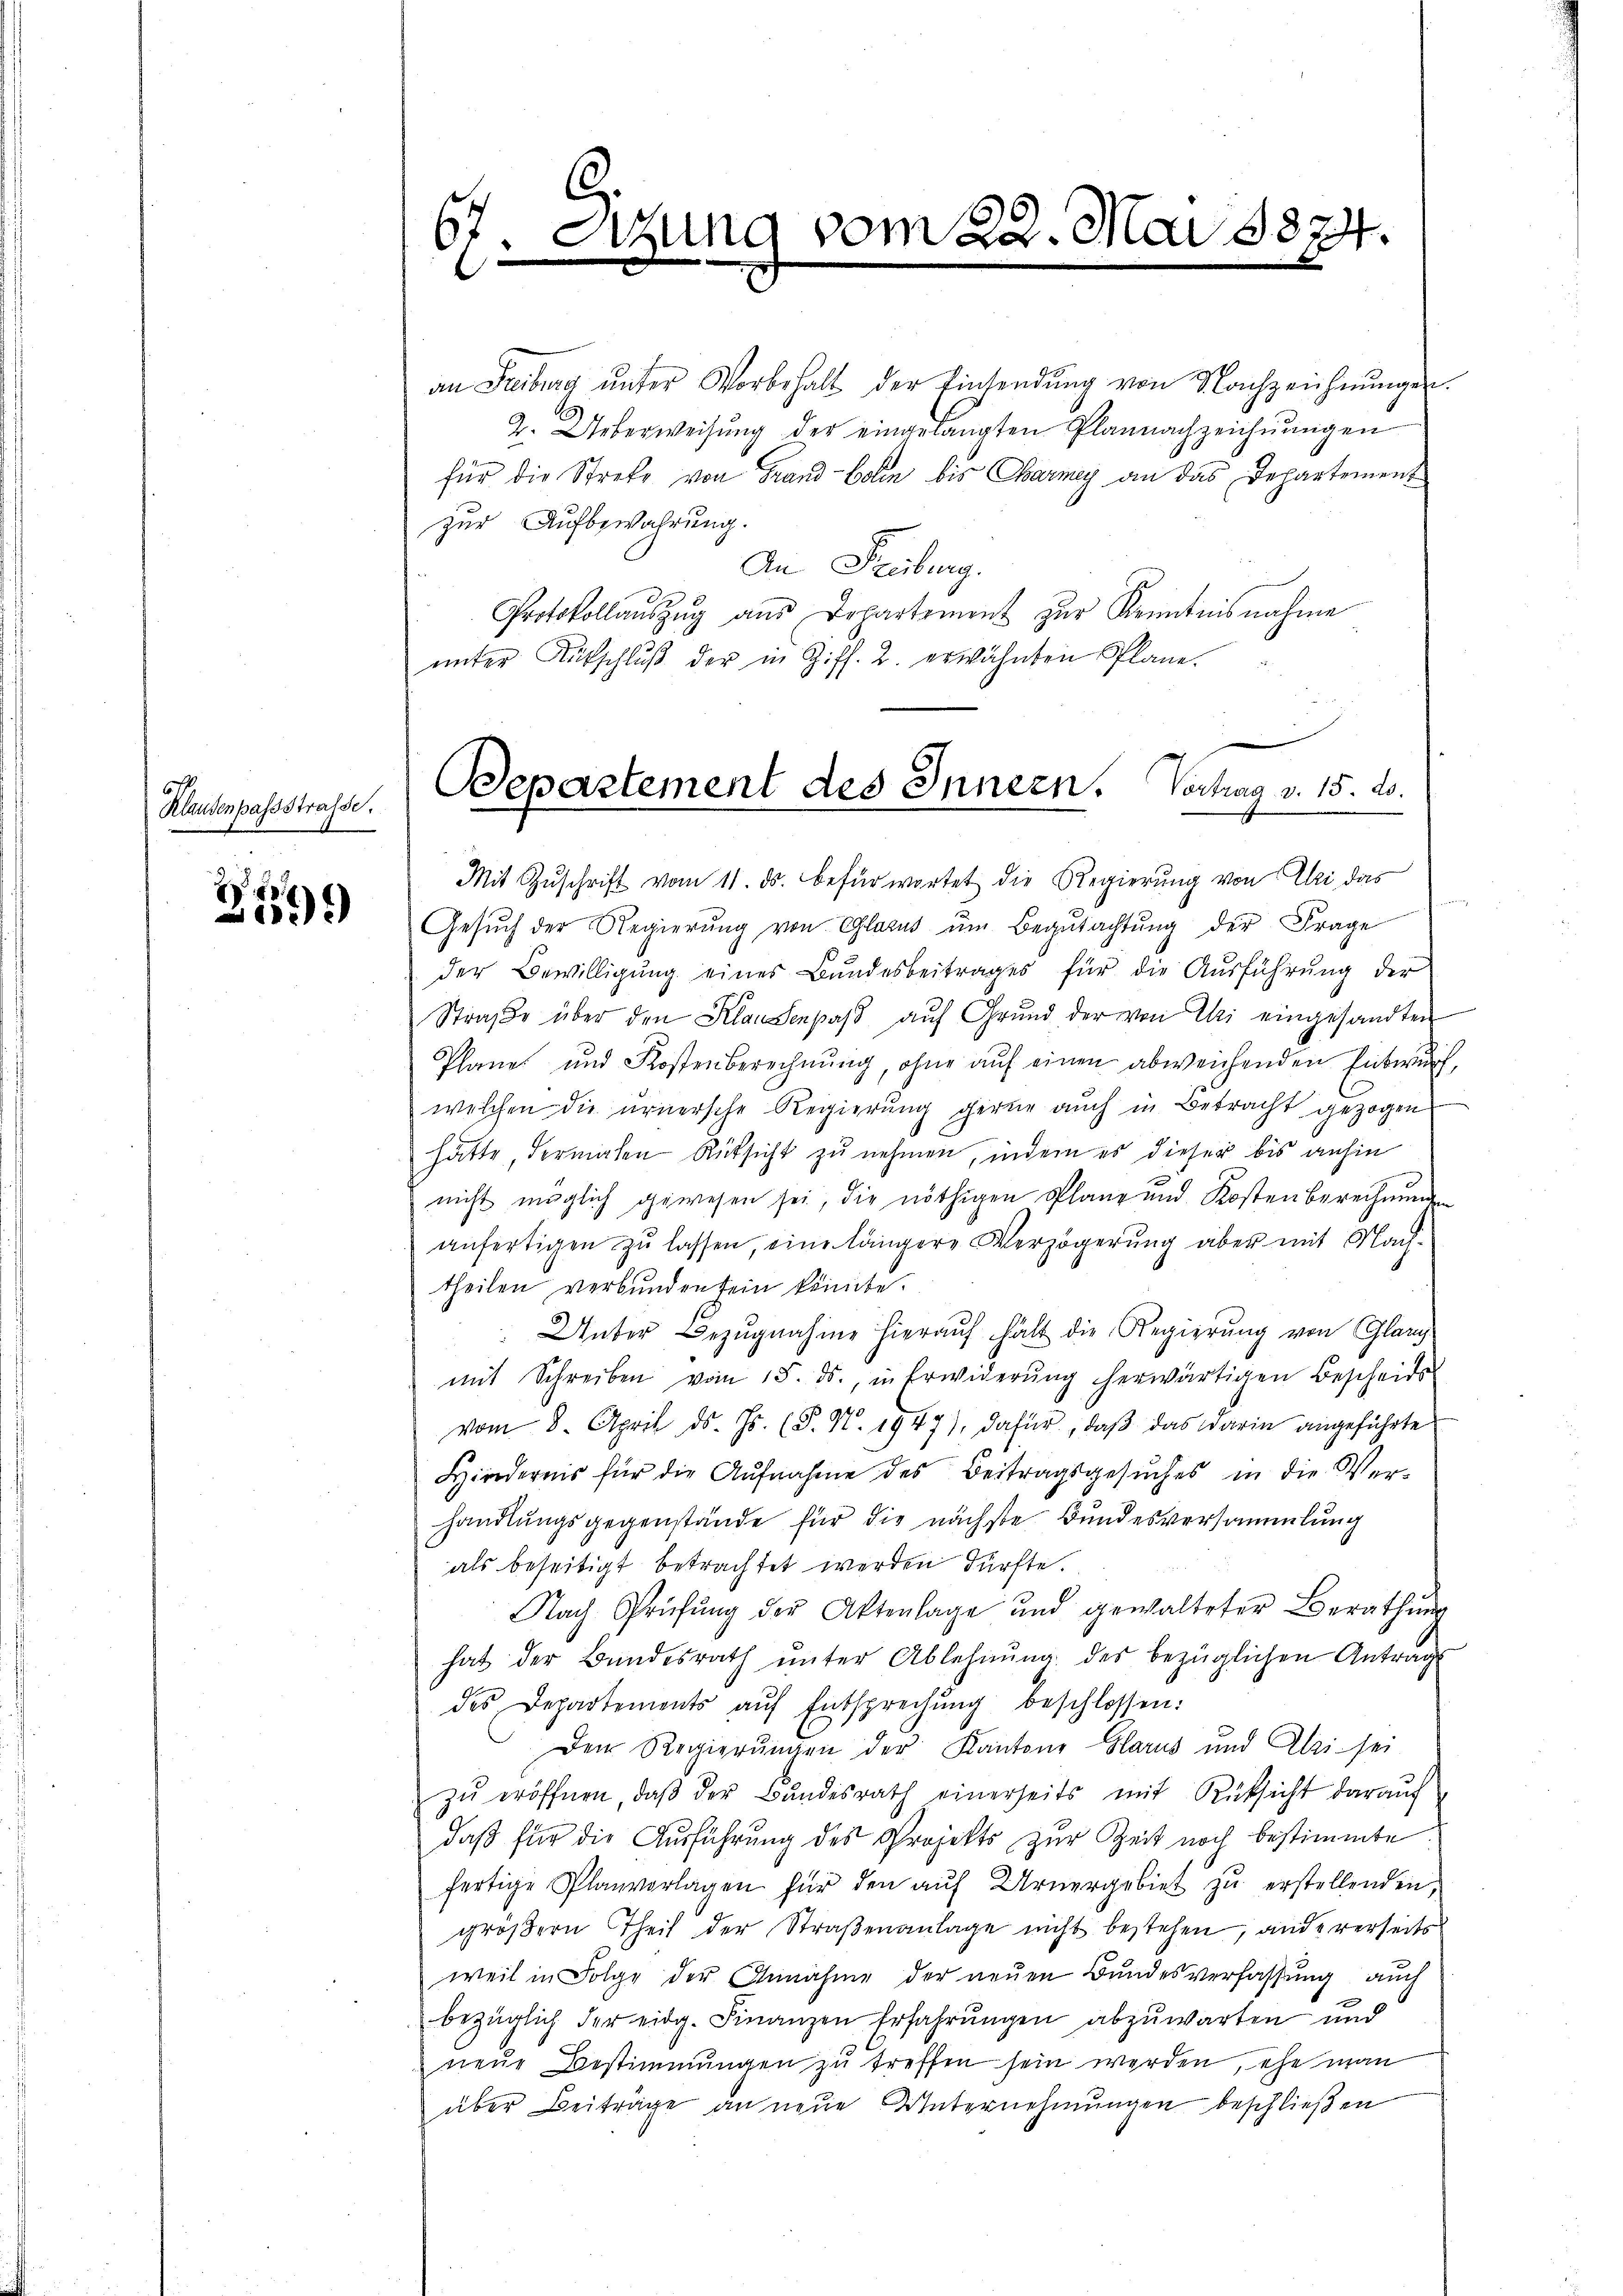
Klausenpassstrasse.

99

67. Sitzung vom 22. Mai 1874.
e
e
e

an Freiburg ŭnter Vorbehalt der Einsendŭng von Nachzeichnŭngen.
2. Ueberweisung der eingelangten Plannachzeichnungen
für die Streke von Grand-Colin bis Carmey an das Departement
zur Aufbewahrung.
An Freiburg.
Protokollaŭszŭg aŭs Dopartement zŭr Kenntnisnahme
ŭnter Aufschlŭβ der in Ziff. 2. erwähnten Plane.
Mit Zŭschrift vom 11. ds. befürwortet die Regierung von Elli das
Gesŭch der Regierŭng von Glarus ŭm Begŭtachtŭng der Frage
der Bewilligung eines Bundesbeitrages für die Ausführung der
Straße über den Klausenpaß auf Grund der von Uri eingesandten
Plane und Kostenberechnung, ohne auf einen abweichenden Entwurf,
welchen die ernersche Regierŭng gerne auch in Betracht gezogen
hätte dermalen Rüksicht zu nehmen, indem es dieser bis anhin
nicht möglich gewesen sei, die nöthigen Plane und Kosten berechnungen
anfertigen zu lassen, eine längere Verzögerung aber mit Nachtheilen verbunden sein könnte.
 Unter Bezŭgnahme hieraŭf hält die Regierung von Glanz
mit Schreiben vom 15. ds., in Erwiderŭng herwärtigen Bescheids
vom 8. April d. Js. (§. N. 1947), dafür, daß das darin angeführte
Hindernis für die Aufnahme des Beitragsgesuches in die Verhandlungsgegenstände für die nächste Bundesversammlung
als beseitigt betrachtet werden dürfte.
Nach Prüfŭng der Aktenlage und gewalteter Berathŭng
hat der Bundesrath unter Ablehnŭng des bezüglichen Antrag
des Departements aŭf Entsprechŭng beschlossen:
Dem Regierŭngen der Kantone Glarus und Ali sei
zŭ eröffnen, daβ der Bundesrath einerseits mit Rücksicht darauf
daß für die Ausführung des Projekts zur Zeit noch bestimmte
fertige Planvorlagen für den auf Urnergebiet zu erstellenden,
größern Theil der Straßenanlage nicht bestehen, andererseits
weil in Folge der Annahme der neŭen Bundesverfassung auch
bezüglich der eidg. Finanzen Erfahrungen abzuwarten und
neue Bestimmungen zu treffen sein werden, ehe man
über Beiträge an neue Unternehmungen beschließen

Departement des Innern, Vertrag v. 15. ds.